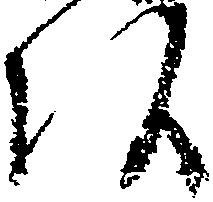
頭